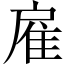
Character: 雇